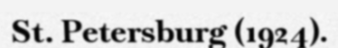
St. Petersburg (1924).